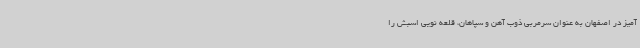
آمیز در اصفهان به عنوان سرمربی ذوب آهن و سپاهان، قلعه نویی اسبش را